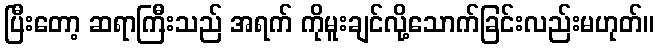
ပြီးတော့ ဆရာကြီးသည် အရက် ကိုမူးချင်လို့သောက်ခြင်းလည်းမဟုတ်။